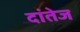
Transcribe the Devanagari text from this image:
दांतेज